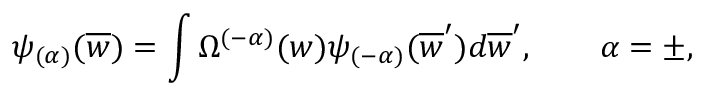
\psi _ { ( \alpha ) } ( \overline { { { w } } } ) = \int \Omega ^ { ( - \alpha ) } ( w ) \psi _ { ( - \alpha ) } ( \overline { { { w } } } ^ { \prime } ) d \overline { { { w } } } ^ { \prime } , \qquad \alpha = \pm ,